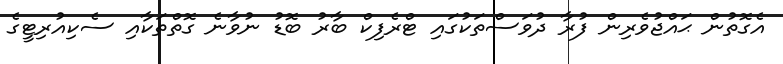
އެގޮތުން ޙައްޖުވެރިން ފުރާ ދުވަސްތަކުގައި ޓްރެފިކް ބާރު ބޮޑު ނުވާނެ ގޮތްތަކާއި ސެކިއުރިޓީގެ